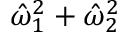
\hat { \omega } _ { 1 } ^ { 2 } + \hat { \omega } _ { 2 } ^ { 2 }